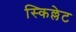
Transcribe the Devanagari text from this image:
स्किल्लेट